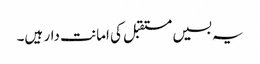
یہ بسیں مستقبل کی امانت دار ہیں۔